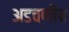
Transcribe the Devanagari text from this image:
अडचणीच